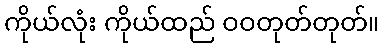
ကိုယ်လုံး ကိုယ်ထည် ဝဝတုတ်တုတ်။